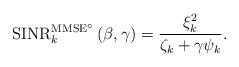
LaTeX: \begin{align*}\mathrm{SINR}^{\mathrm{MMSE}^\circ}_k \left( \beta, \gamma \right) = \frac{\xi_k^2}{\zeta_k + \gamma \psi_k}.\end{align*}